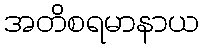
အတိစရမာနာယ